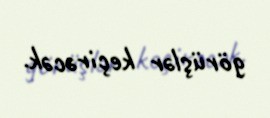
görüşlər keçirəcək.